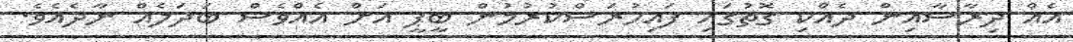
އެއް ދިރާސާއިން ދެއްކި ގޮތުގައި ފައިހުރަސްކުރުމުން ބީޕީ އަށް އެއްވެސް ބަދަލެއް ނާދެއެވެ.